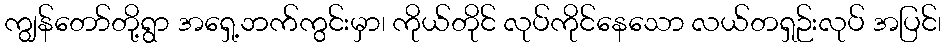
ကျွန်တော်တို့ရွာ အရှေ့ဘက်ကွင်းမှာ၊ ကိုယ်တိုင် လုပ်ကိုင်နေသော လယ်တရှဉ်းလုပ် အပြင်၊